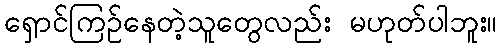
ရှောင်ကြဉ်နေတဲ့သူတွေလည်း မဟုတ်ပါဘူး။